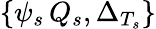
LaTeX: \{ \psi_{s}\, Q_{s},\Delta_{T_{s}}\}